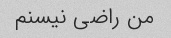
من راضی نیسنم